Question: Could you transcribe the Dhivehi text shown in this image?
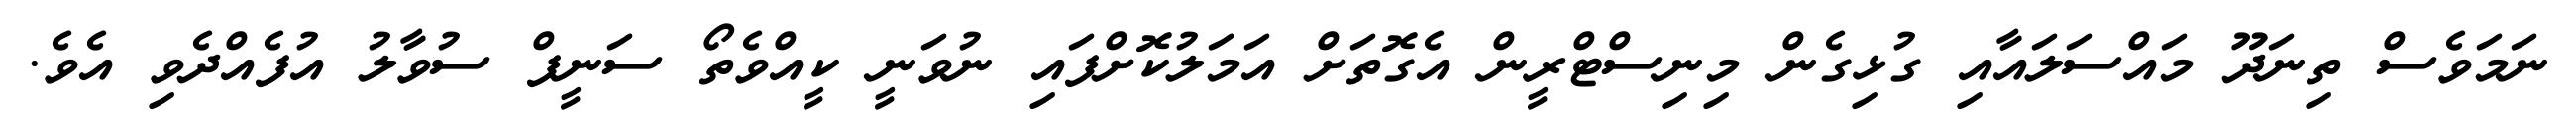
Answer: ނަމަވެސް ތިނަދޫ މައްސަލައާއި ގުޅިގެން މިނިސްޓްރީން އެގޮތަށް އަމަލުކޮށްފައި ނުވަނީ ކީއްވެތޯ ސަނީފް ސުވާލު އުފެއްދެވި އެވެ.